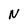
Character: N